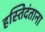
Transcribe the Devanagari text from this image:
हस्तिदंताना